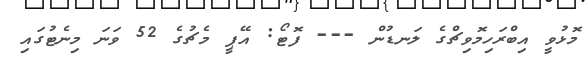
މޮޅުވީ އިބްރަހިމޮވިޗްގެ ލަނޑުން --- ފޮޓޯ: އޭޕީ މެޗުގެ 52 ވަނަ މިނެޓުގައި